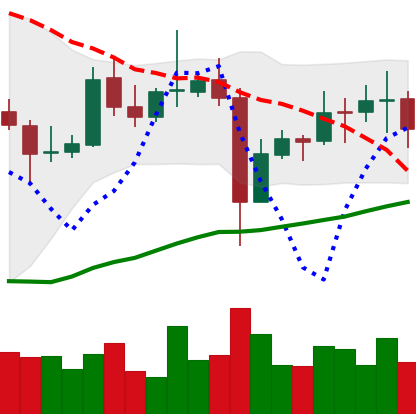
Ticker: EOS-USD
Chart end date: 2021-11-04
Forward return: 14.576%
Label: up_7plus